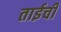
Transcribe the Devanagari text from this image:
ताईची